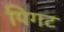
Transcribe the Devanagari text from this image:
पिगट